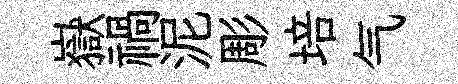
嶽禍泥彫培气